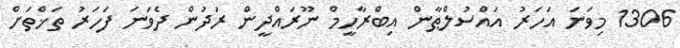
1306 މިވަނަ އަހަރު އައްސުލްޠާން އިބްރާހީމް ނޫރައްދީން ރަދުން ދެވަނަ ފަހަރު ތަޚްތަށް